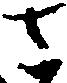
さ